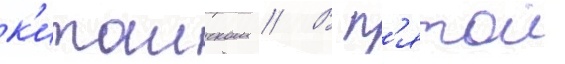
к'итаиском // В п'ятои